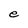
Character: e